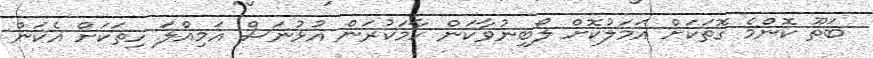
ބަތޫ ކޮންމެ ގޮތަކަށް އަމަލުކޮށް ލޯބިނުވާކަން ހާމަކުރަން އުޅުނަސް އަމިއްލަ ހިތަކަށް އެކަން